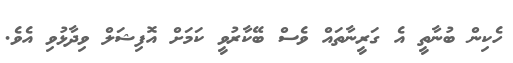
ހެކިން ބުނާތީ އެ ގަރީނާތައް ވެސް ބޭކާރުވީ ކަމަށް އޮފިޝަލް ވިދާޅުވި އެވެ.